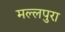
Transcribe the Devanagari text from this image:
मल्लपुरा